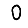
Digit: 0